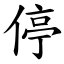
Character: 停